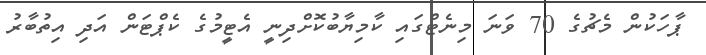
ޕާހަކުން މެޗުގެ 70 ވަނަ މިނެޓްގައި ކާމިޔާބުކޮށްދިނީ އެޓީމުގެ ކެޕްޓަން އަދި އިތުބާރު